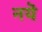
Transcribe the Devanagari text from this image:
नयॆ